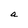
Character: a